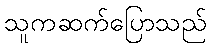
သူကဆက်ပြောသည်